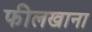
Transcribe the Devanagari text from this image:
फीलखाना